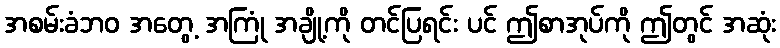
အစမ်းခံဘဝ အတွေ့ အကြုံ အချို့ကို တင်ပြရင်း ပင် ဤစာအုပ်ကို ဤတွင် အဆုံး